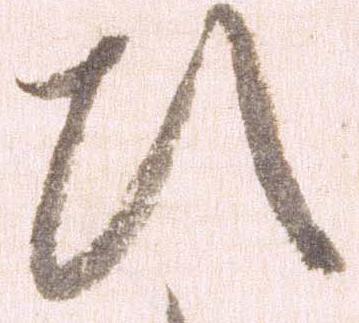
ひ